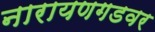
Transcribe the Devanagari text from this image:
नारायणगडवर